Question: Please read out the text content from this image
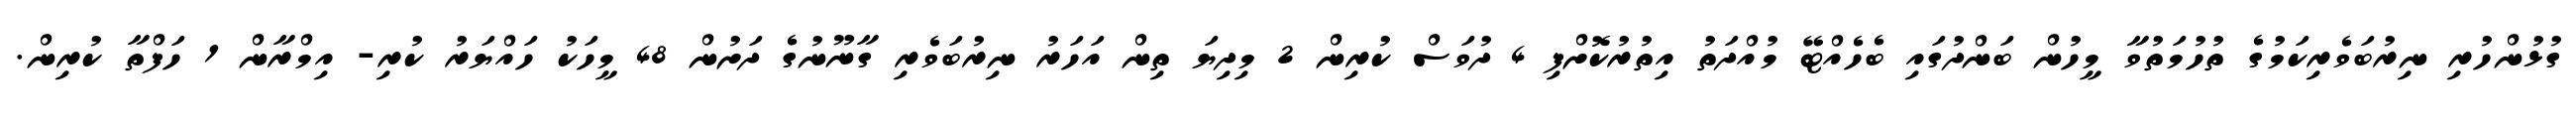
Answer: ގުޅުންހުރި ނިރުބަވެރިކަމުގެ ތުހުމަތުވާ މީހުން ބަންދުގައި ބެހެއްޓޭ މުއްދަތު އިތުރުކޮށްފި 4 ދުވަސް ކުރިން 2 މިދިޔަ ތިން އަހަރު ނިރުބަވެރި ގާނޫނުގެ ދަށުން 48 މީހަކު ހައްޔަރު ކުރި- އިމްރާން 1 ހަފްތާ ކުރިން.